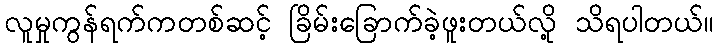
လူမှုကွန်ရက်ကတစ်ဆင့် ခြိမ်းခြောက်ခဲ့ဖူးတယ်လို့ သိရပါတယ်။